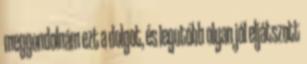
meggondolnám ezt a dolgot, és legutóbb olyan jól eljátszott